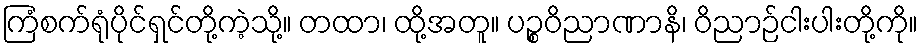
ကြံစက်ရုံပိုင်ရှင်တို့ကဲ့သို့။ တထာ၊ ထို့အတူ။ ပဉ္စဝိညာဏာနိ၊ ဝိညာဉ်ငါးပါးတို့ကို။